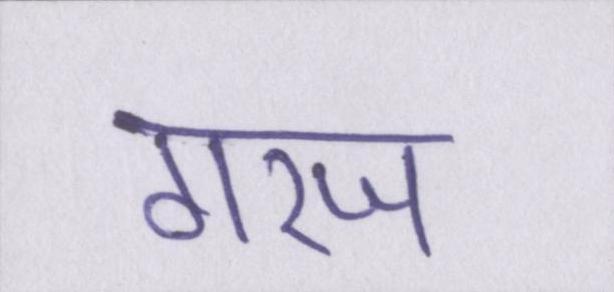
गरज